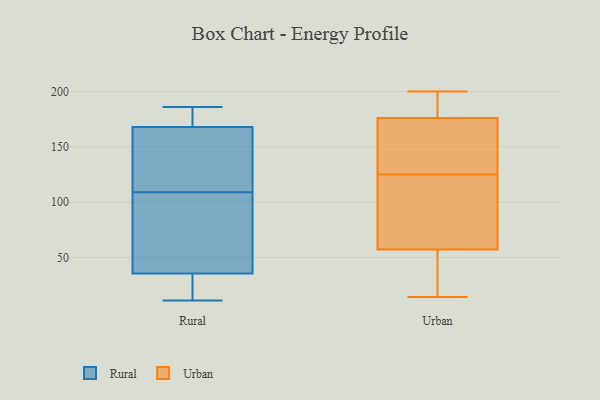
{"axis": {"x": "Market Share (%)", "y": "Value"}, "legend": ["Rural", "Urban"], "data": [{"x": "", "y": 177, "type": "Rural"}, {"x": "", "y": 183, "type": "Rural"}, {"x": "", "y": 11, "type": "Rural"}, {"x": "", "y": 109, "type": "Rural"}, {"x": "", "y": 156, "type": "Rural"}, {"x": "", "y": 151, "type": "Rural"}, {"x": "", "y": 63, "type": "Rural"}, {"x": "", "y": 172, "type": "Rural"}, {"x": "", "y": 24, "type": "Rural"}, {"x": "", "y": 47, "type": "Rural"}, {"x": "", "y": 70, "type": "Rural"}, {"x": "", "y": 186, "type": "Rural"}, {"x": "", "y": 179, "type": "Rural"}, {"x": "", "y": 15, "type": "Rural"}, {"x": "", "y": 151, "type": "Rural"}, {"x": "", "y": 34, "type": "Rural"}, {"x": "", "y": 30, "type": "Rural"}, {"x": "", "y": 39, "type": "Rural"}, {"x": "", "y": 156, "type": "Rural"}, {"x": "", "y": 52, "type": "Urban"}, {"x": "", "y": 14, "type": "Urban"}, {"x": "", "y": 101, "type": "Urban"}, {"x": "", "y": 59, "type": "Urban"}, {"x": "", "y": 200, "type": "Urban"}, {"x": "", "y": 150, "type": "Urban"}, {"x": "", "y": 176, "type": "Urban"}, {"x": "", "y": 57, "type": "Urban"}, {"x": "", "y": 149, "type": "Urban"}, {"x": "", "y": 185, "type": "Urban"}]}